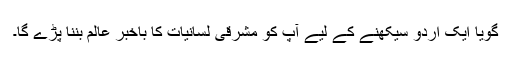
گویا ایک اردو سیکھنے کے لیے آپ کو مشرقی لسانیات کا باخبر عالم بننا پڑے گا۔